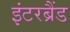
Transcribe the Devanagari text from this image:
इंटरब्रैंड